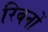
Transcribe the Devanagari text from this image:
रिबनों